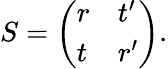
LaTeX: \begin{array}{r}{S=\left(\begin{array}{ll}{r}&{t^{\prime}}\\ {t}&{r^{\prime}}\end{array}\right).}\end{array}